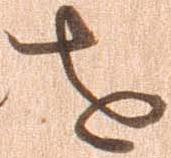
を